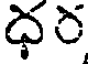
ధర